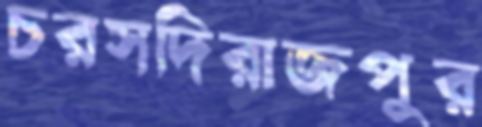
চরসদিরাজপুর